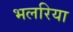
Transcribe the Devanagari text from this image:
भलरिया